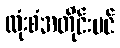
ထုံးစံအတိုင်းပင်